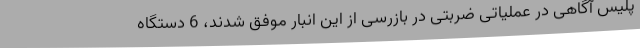
پلیس آگاهی در عملیاتی ضربتی در بازرسی از این انبار موفق شدند، 6 دستگاه